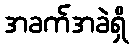
အခက်အခဲရှိ